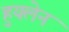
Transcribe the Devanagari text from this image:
हुयलेन